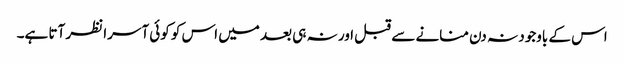
اس کے باوجود نہ دن منانے سے قبل اور نہ ہی بعد میں اس کو کوئی آسرا نظر آتا ہے۔